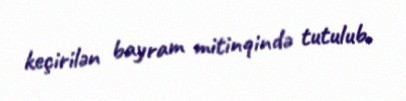
keçirilən bayram mitinqində tutulub.